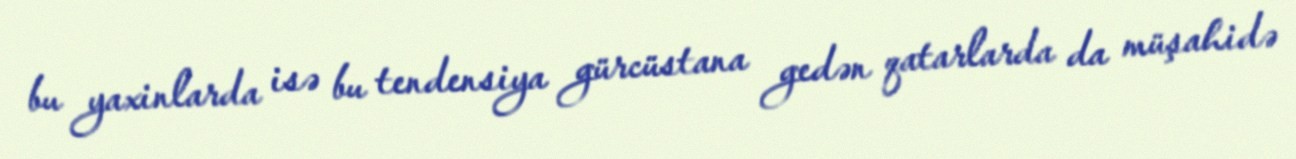
bu yaxinlarda isə bu tendensiya gürcüstana gedən qatarlarda da müşahidə